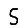
Digit: 5